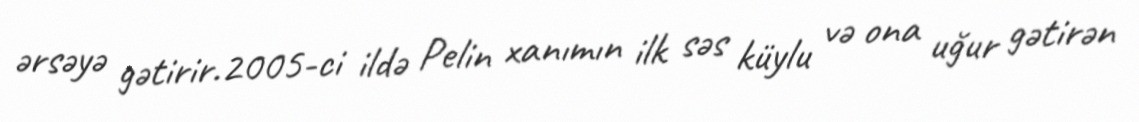
ərsəyə gətirir.2005-ci ildə Pelin xanımın ilk səs küylu və ona uğur gətirən